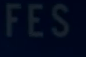
FES